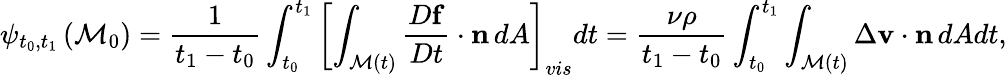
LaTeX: \psi_{t_{0},t_{1}}\left(\mathcal{M}_{0}\right)=\frac{1}{t_{1}-t_{0}}\int_{t_{0}}^{t_{1}}\left[\int_{\mathcal{M}(t)}\frac{D\mathbf{f}}{Dt}\cdot\mathbf{n}\, dA\right]_{vis}dt=\frac{\nu\rho}{t_{1}-t_{0}}\int_{t_{0}}^{t_{1}}\int_{\mathcal{M}(t)}\Delta\mathbf{v}\cdot\mathbf{n}\, dAdt,